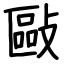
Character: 敺